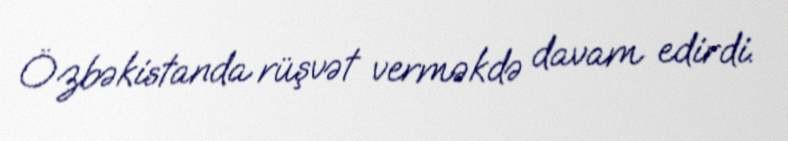
Özbəkistanda rüşvət verməkdə davam edirdi.